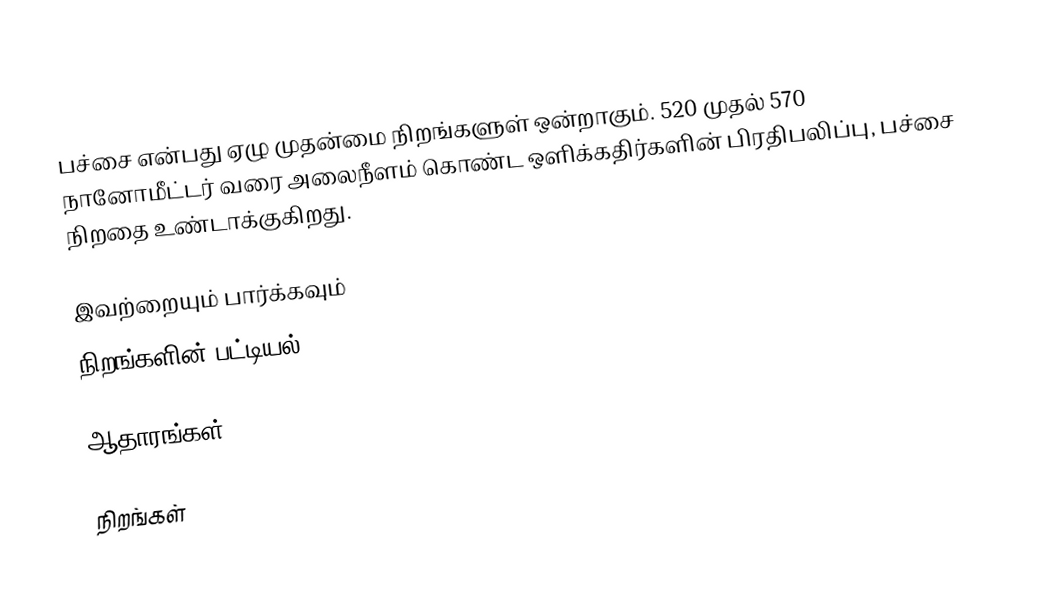
பச்சை என்பது ஏழு முதன்மை நிறங்களுள் ஒன்றாகும். 520 முதல் 570 நானோமீட்டர் வரை அலைநீளம் கொண்ட ஒளிக்கதிர்களின் பிரதிபலிப்பு, பச்சை நிறதை உண்டாக்குகிறது.

இவற்றையும் பார்க்கவும்
 நிறங்களின் பட்டியல்

ஆதாரங்கள்

நிறங்கள்